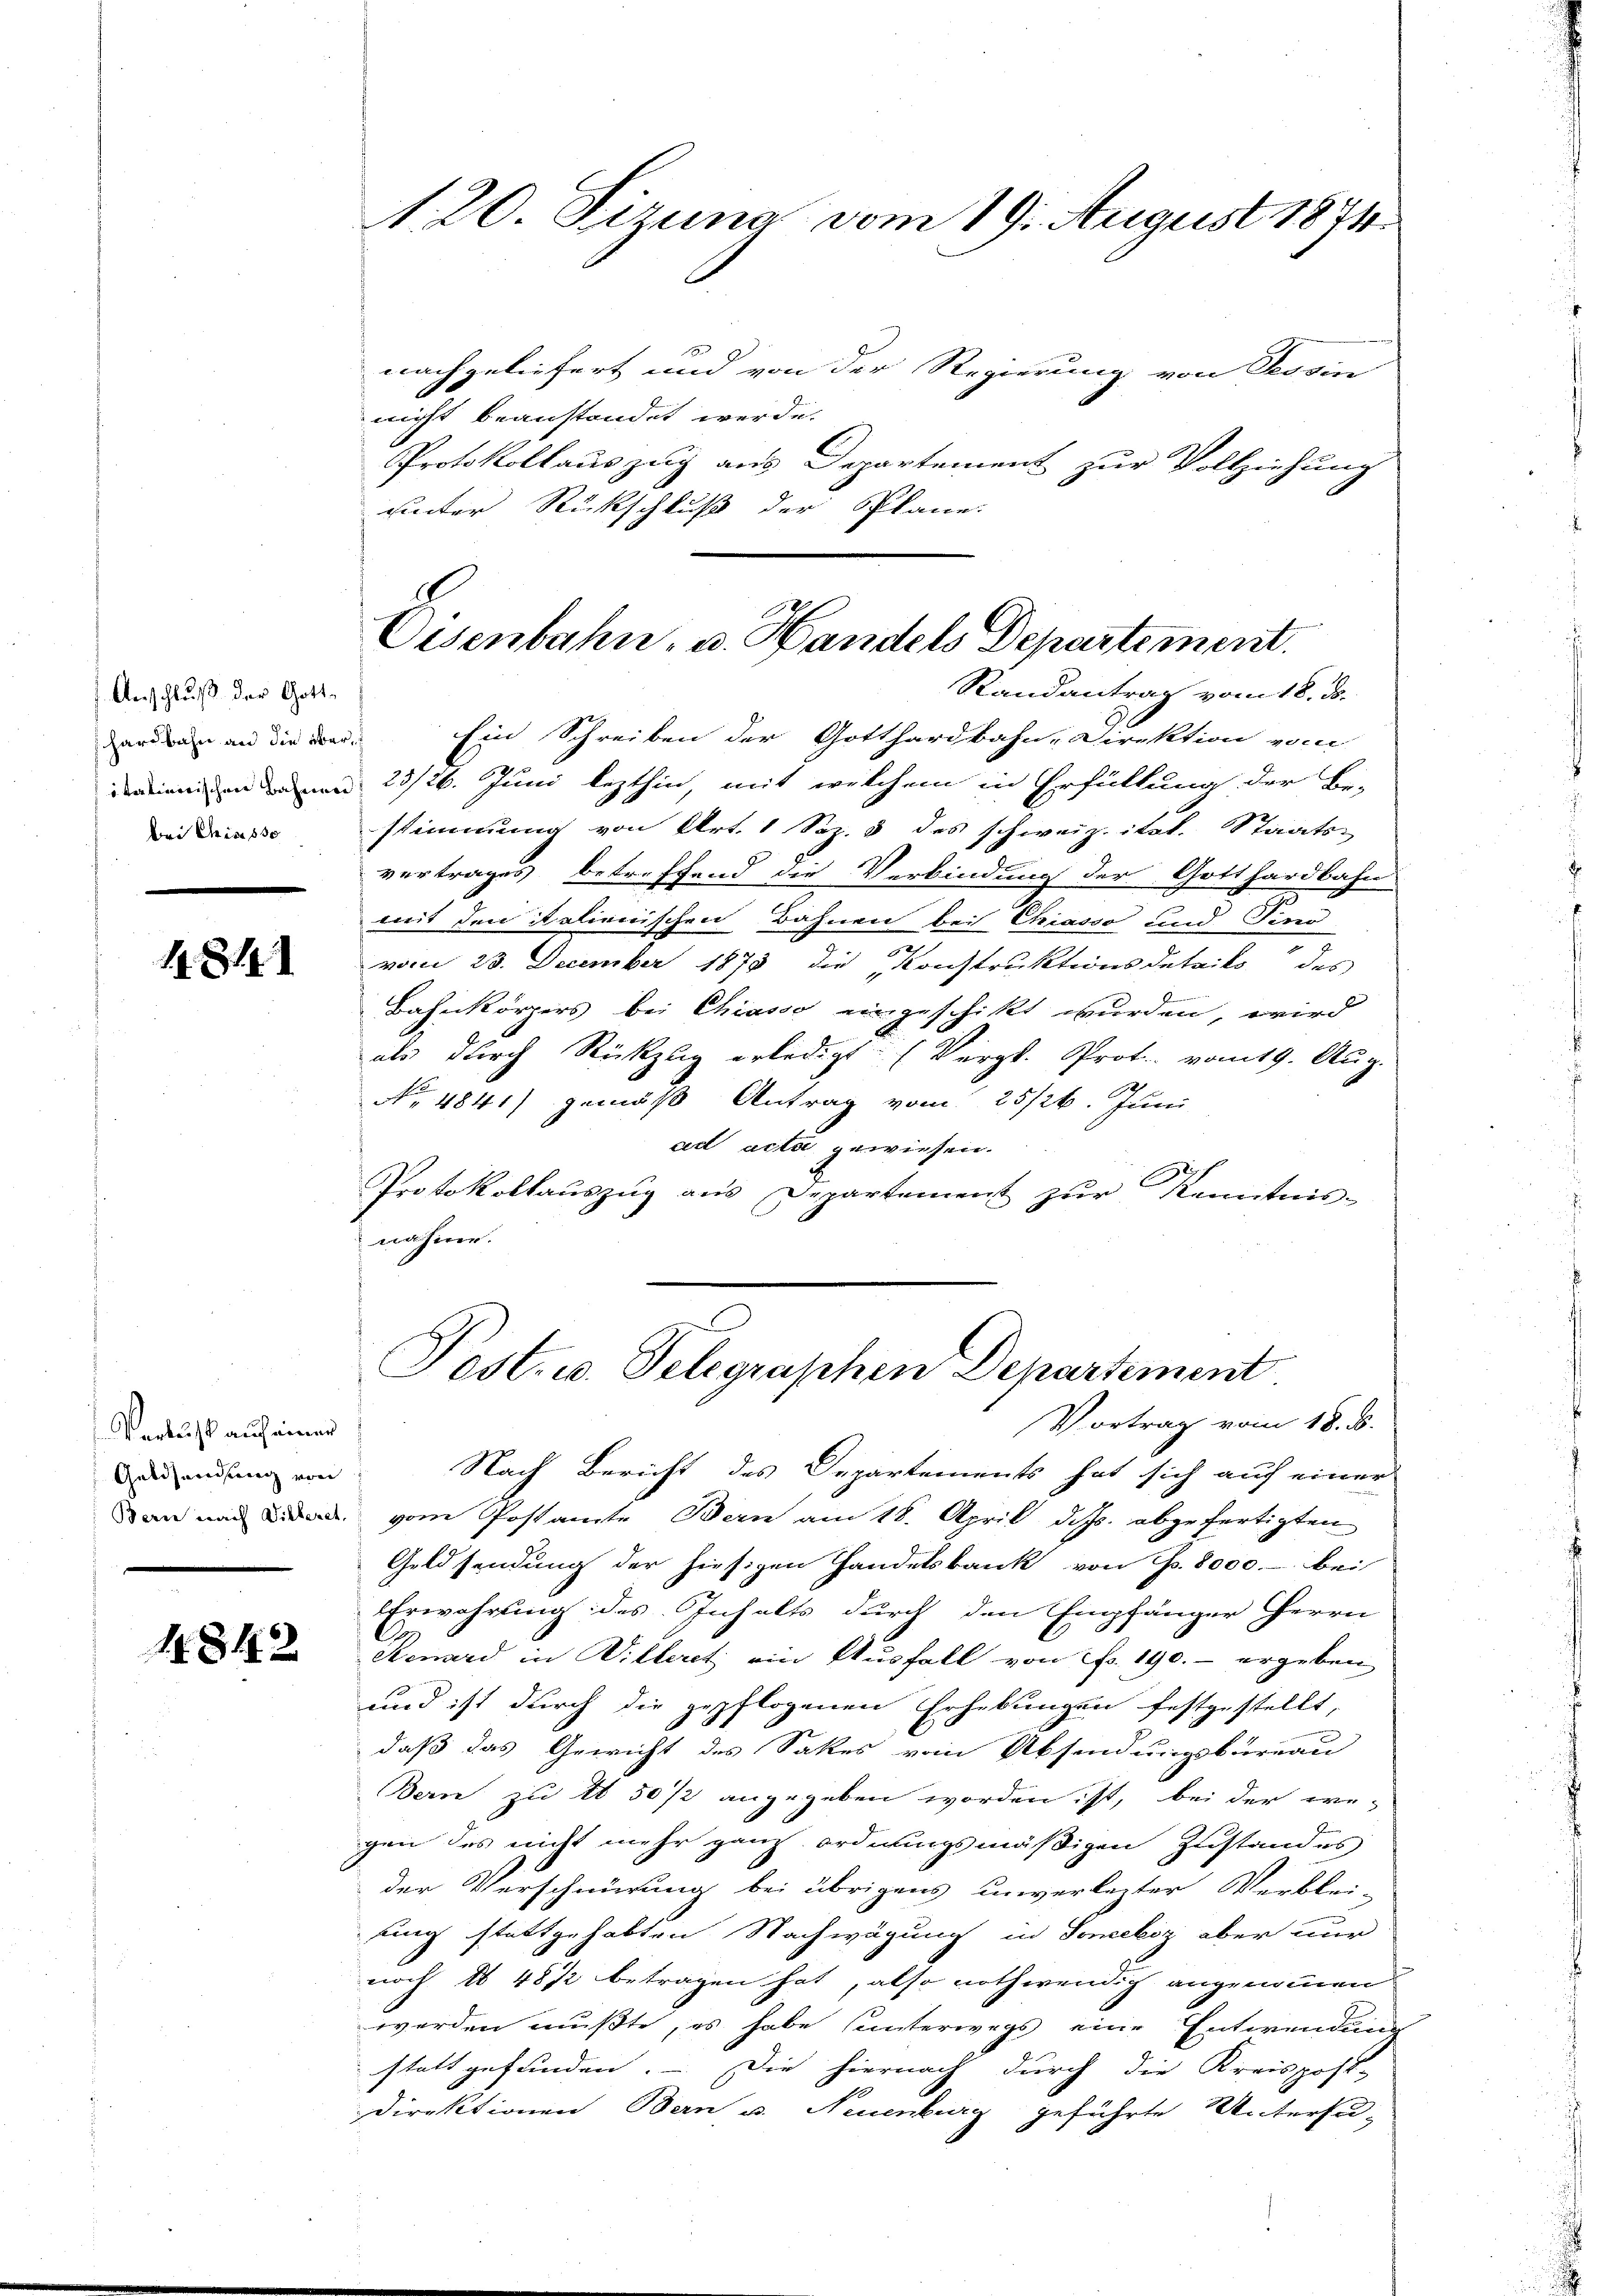
Anschluß der Gotthardbahn an die überbei Miss 830

1814.

Verlust auf einer
Geldsendung von

1842

A. 20. Sizuna vom 19. August 1874.

Eisenbahn, u. Handels Departement.

nachgeliefert und von der Regierung von Tessin
nicht beanstandet werde.
Protokollauszug aus Departement zur Vollziehung
uinter Rückschluß der Plane.
Standantrag vom 18. ds.
Ein Schreiben der Gotthardbahn-Direktion von
denen in 23/26. Juni lezthin, mit welchem in Erfüllung der Be-
stimmung von Art. 1 Sep. 5 des schweiz. ital. Staats-
vertrages betreffend die Verbindung der Gotthardbahn
mit den italienischen Bahnen bei Chiasso und Find
.
vom 23. December 1875 die Konstruktionsdetails des
Bahnkörpers bei Chiasso eingeschikt wurden, wird
als durch Rückzug erledigt. (Vergl. Prot. vom 19. Aug.
No 4841) gemäß Antrag vom 25/26. Juni
ad acta gewiesen.
Protokollaŭszŭg aŭs Departement zŭr Kenntnis-
nahme.

Pest. u. Telegraphen Departement

Vortrag vom 18. d.
Nach Bericht des Departements hat sich auf einer
dan nach die vom Postamte Bern am 18. April d. Js. abgefertigten
Goldsendung der hiesigen Handelsbank von Fr. 8000.- bei
Erwährung des Inhalts durch den Empfänger Herrn
Kenard in Willeret ein Ausfall von Fr. 190. - ergeben
und ist durch die gepflogenen Erhebungen festgestellt,
daß das Gewicht des Sakes vom Absendungsbureau
Bern zu 1 50 /2 angegeben worden ist, bei der we-
gen des nicht mehr ganz ordnungsmäßigen Zustandes
der Verschnürung bei übrigens unverlezter Verblei-
ung stattgehabten Nachwägung in Soneeliz aber nur
noch 1 48 1/2 betragen hat, also nothwendig angenommen
werden mußte, es habe unterwegs eine Entwendung
stattgefunden. – Die hiernach durch die Kreispost-
Direktionen Bern u. Neuenburg geführte Untersu¬